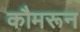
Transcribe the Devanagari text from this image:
कौमरून